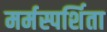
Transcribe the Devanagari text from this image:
मर्मस्पर्शिता